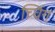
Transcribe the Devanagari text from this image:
च्विंग